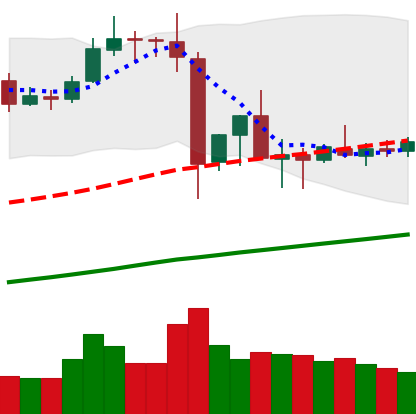
Ticker: ETC-USD
Chart end date: 2019-07-07
Forward return: -14.173%
Label: down_7plus